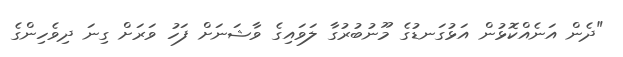
"ދެން އަނެއްކޮޅުން އަޅުގަނޑުގެ މޫނުބުރުގާ ލަވައިގެ ވާޝަނަށް ފަހު ވަރަށް ގިނަ ދިވެހިންގެ